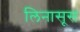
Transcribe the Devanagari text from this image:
लिनासूस